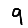
Digit: 9